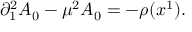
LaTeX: \partial _ { 1 } ^ { 2 } A _ { 0 } - \mu ^ { 2 } A _ { 0 } = - \rho ( x ^ { 1 } ) .